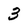
Character: 3